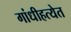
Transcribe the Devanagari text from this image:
गांधीहत्येत